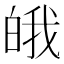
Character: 皒